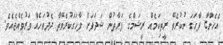
އެހެންޏާ ފާހަގަ ނުކުރެވޭ ރީތިކަމެއް ރީޝަމްގެ ފަރާތުން ޝަދަފަށް ފާހަގަކުރެވޭތާ ދެދުވަހެއް ވަރުވެއްޖެއެވެ.